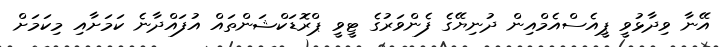
އޭނާ ވިދާޅުވީ ޕީއެސްއެމްއިން ދުނިޔޭގެ ފެންވަރުގެ ޓީވީ ޕްރޮޑަކްޝަންތައް އުފައްދާނެ ކަމަށާއި މިކަމަށް